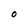
Character: O